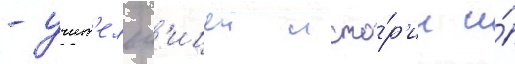
- учит'ельн'ицеи исто́р'ии и́